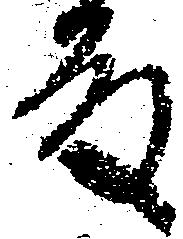
殿